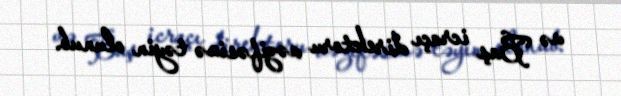
və Baş icraçı direktoru vəzifəsinə təyin olunub.